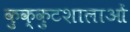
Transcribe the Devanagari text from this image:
कुक्कुटशालाओं